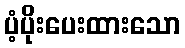
ပံ့ပိုးပေးထားသော